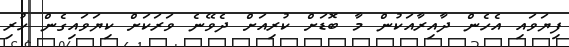
ފިޔަވައި އެހެން ދާއިރާއަކުން މާ ބޮޑަށް ކުރިއަށް ދެވޭނެ ވަރަކަށް ކިޔަވައިގެން ހުރި